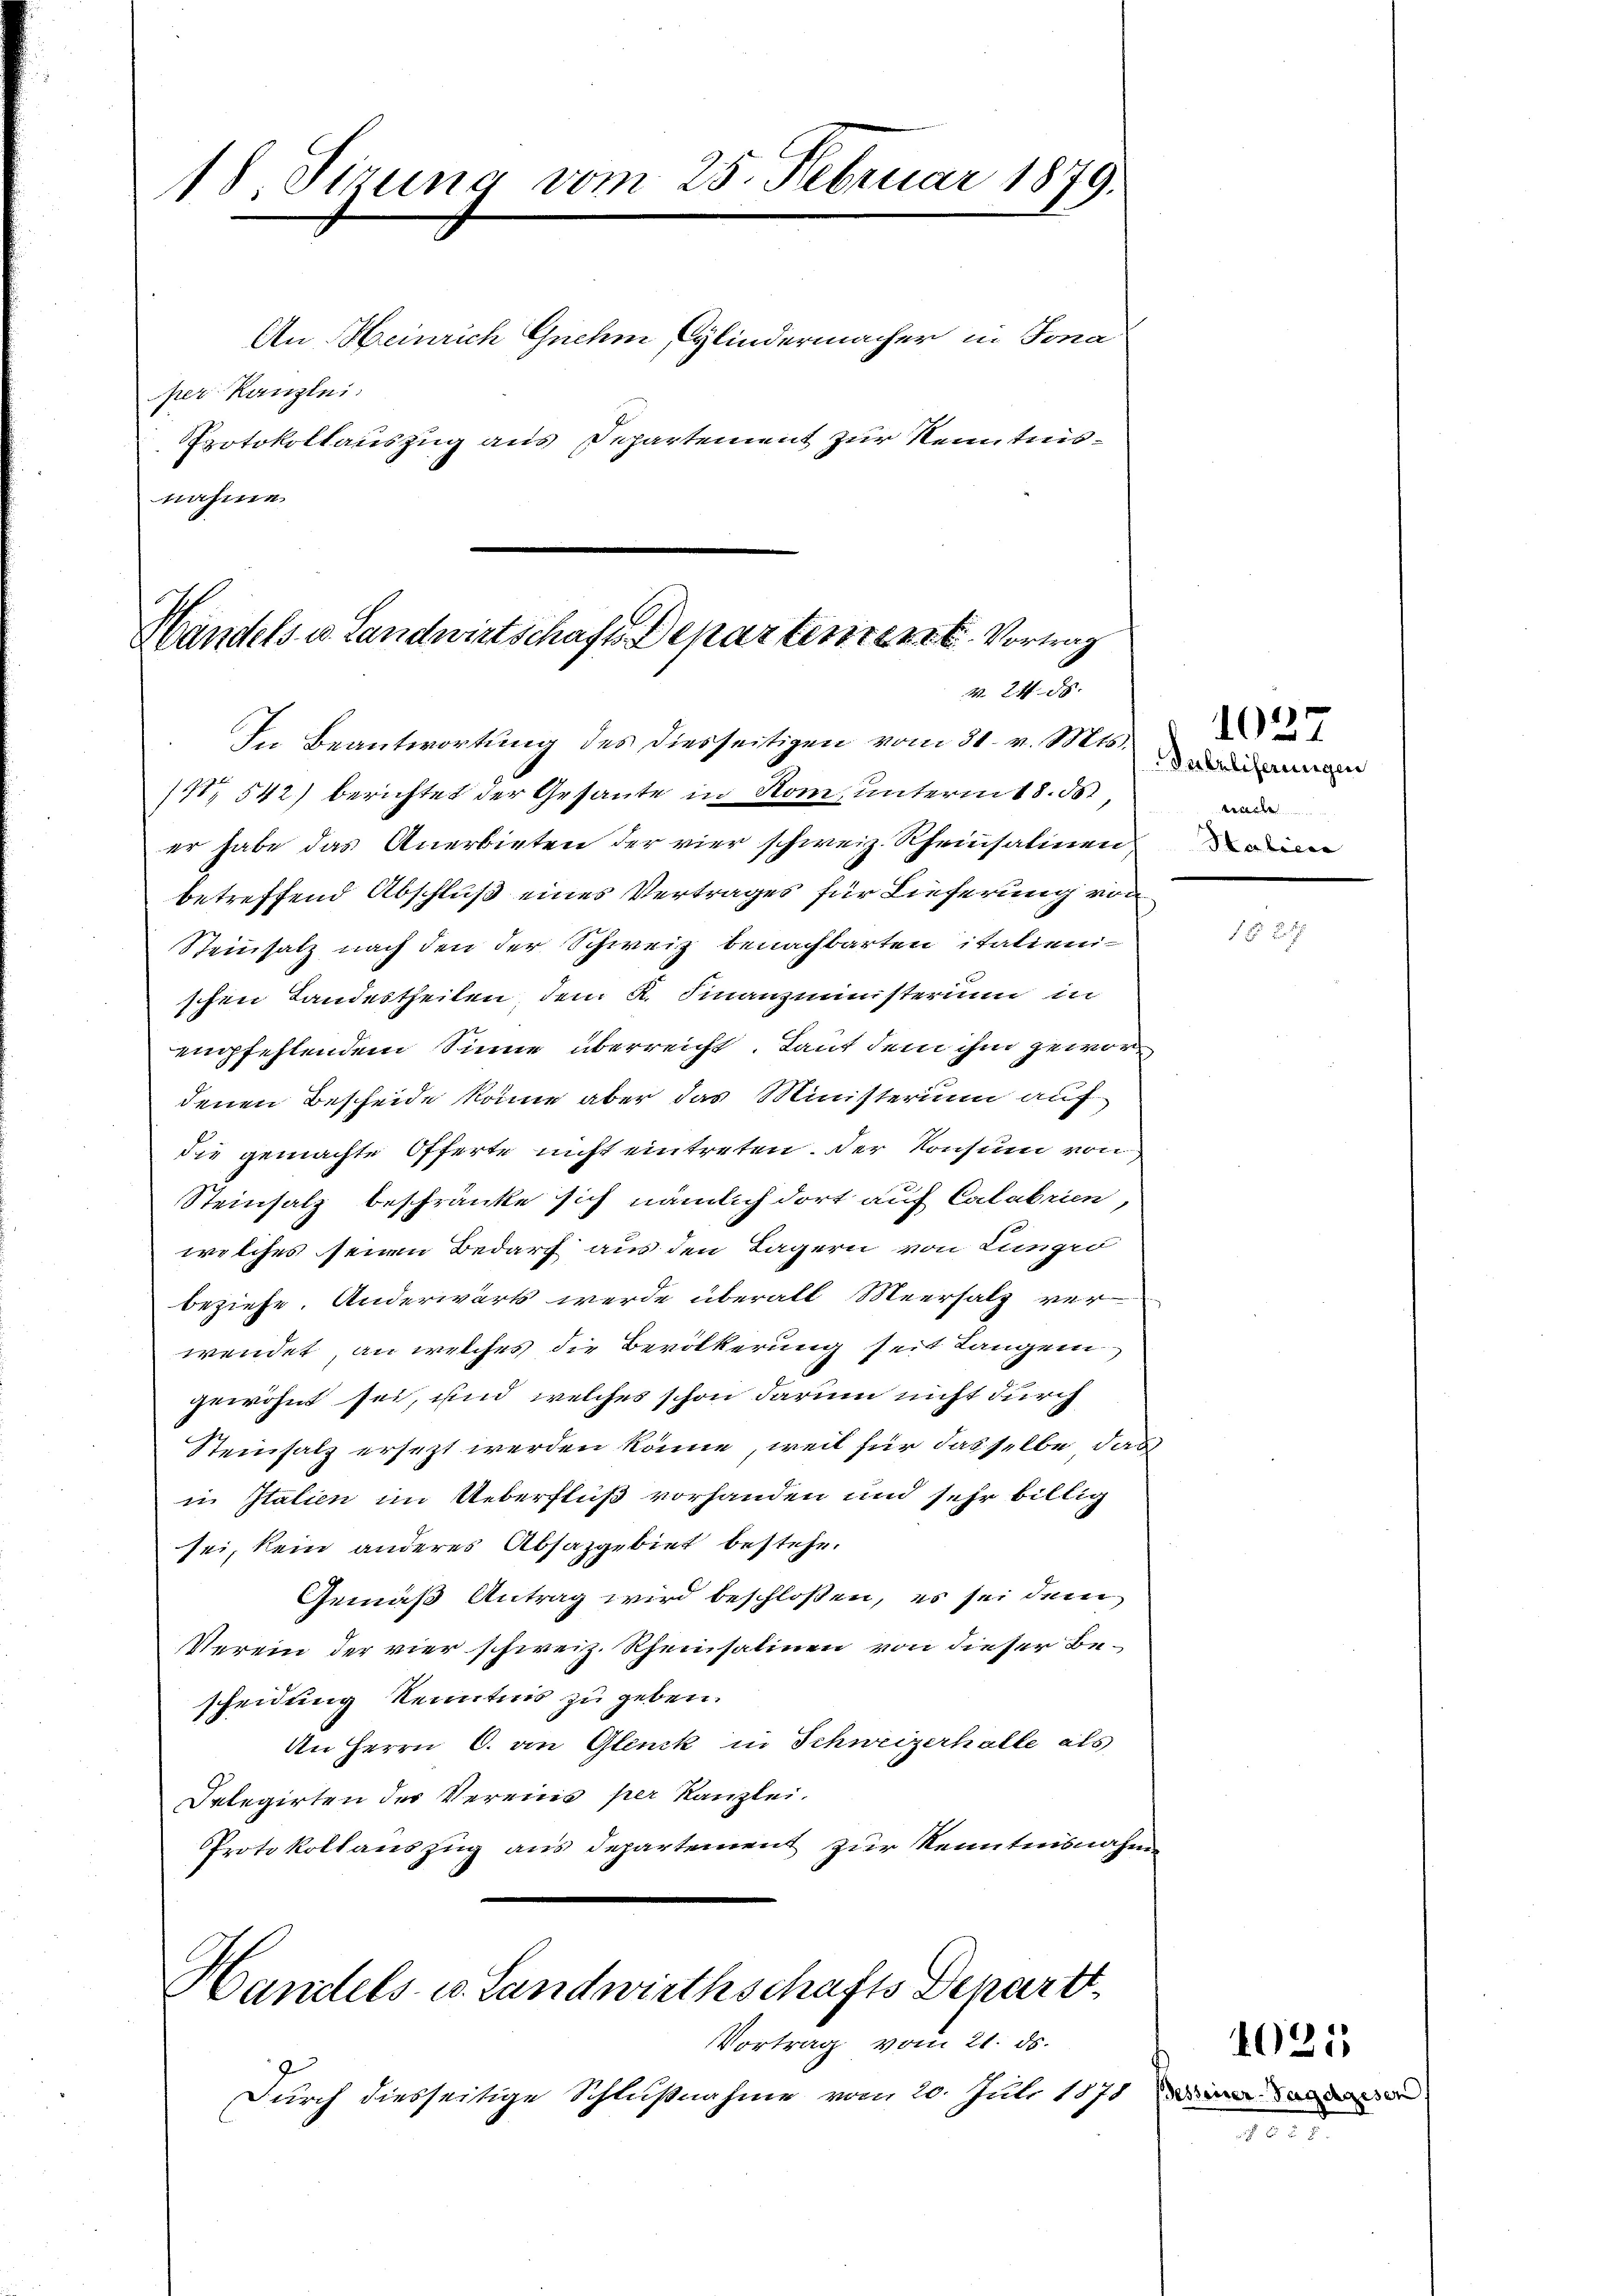
18 Sizung vom 25. Februar 1879.
An Heinrich Gnehm Cylindermacher in Jona
per Kanzlei.
Protokollauszug aus Departement zur Kenntnisnahme

Handels- u Landwirtschaft Departement. Vortrag
M. 24. d.

In Beantwortung des diesseitigen vom 31. v. Mts.
/4. 542) berichtet der Gesante in Rom, unterm 18. d.
er habe das Anerbieten der vier schweiz. Rheinsalinen
betreffend Abschluß eines Vertrages für Lieferung von
Steinsatz nach den der Schweiz benachbarten italienischen Landestheilen, dem K. Finanzministerium in
empfehlendem Sinne überreicht. Laut dem ihm gewordenen Bescheide könne aber das Ministerium auf
die gemachte Offerte nicht eintreten. Der Konsum von
Steinsatz beschränke sich nämlich dort auf Calabrien,
welches seinen Bedarf aus den Lagern von Lunged
beziehe. Anderwärts werde überall Meersalz verwendet, an welches die Bevölkerung seit Langen
gewöhnt sei, und welches schon darum nicht durch
Steinsalz ersezt werden könne, weil für dasselbe das
in Italien im Ueberfluß vorhanden und sehr billig
sei, kein anderes Absazgebiet bestehe.
Gemäß Antrag wird beschlossen, es sei dem
Verein der vier schweiz. Rheinsalinen von dieser Bescheidung Kenntnis zu geben.
An Herrn C. an Glinck in Schweizerhalle als
Delegirten der Vereins per Kanzlei.
Protokollauszug aus Departement zur Kenntnisnahm

Handels- u. Landwirthschafts Schartt
Vortrag vom 21. ds.

Durch diesseitige Schlußnahme vom 20. Juli 1878 die ande

Sneeliserungen
wach
Statiere

1027

1025